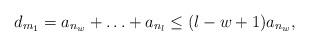
LaTeX: \begin{align*}d_{m_1}=a_{n_w}+\ldots+a_{n_l}\leq (l-w+1)a_{n_w},\end{align*}